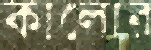
কালোর